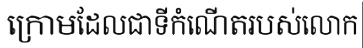
ក្រោមដែលជាទីកំណើតរបស់លោក